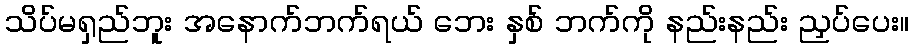
သိပ်မရှည်ဘူး အနောက်ဘက်ရယ် ဘေး နှစ် ဘက်ကို နည်းနည်း ညှပ်ပေး။